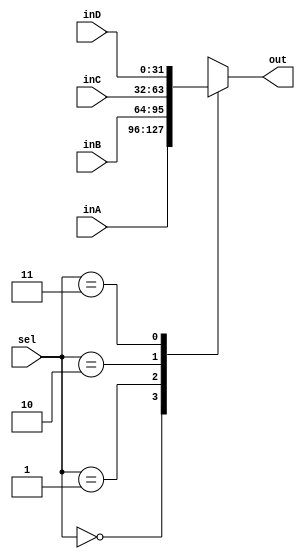
`timescale 1ns / 1ps
//////////////////////////////////////////////////////////////////////////////////
// Company: 
// Engineer: 
// 
// Design Name: 
// Module Name: Mux32Bit8to1
// Project Name: 
// Target Devices: 
// Tool Versions: 
// Description: 
// 
// Dependencies: 
// 
// Revision:
// Revision 0.01 - File Created
// Additional Comments:
// 
//////////////////////////////////////////////////////////////////////////////////


module Mux32Bit4To1(out, inA, inB, inC, inD, sel);

    output reg [31:0] out;
    
    input [31:0] inA, inB, inC, inD;
    input [1:0] sel;
    
    initial begin
        out <= 32'h00000000;
    end
    
    always @(sel, inA, inB, inC, inD) begin
        case(sel)
            2'b00: begin // sw/lw
                out <= inA;
            end
            2'b01: begin // sh/lh
                out <= inB;
            end
            2'b10: begin // sb/lb
                out <= inC;
            end
            2'b11: begin // lui
                out <= inD;
            end
        endcase
    end
    
    
endmodule